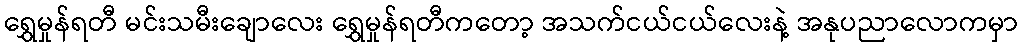
ရွှေမှုန်ရတီ မင်းသမီးချောလေး ရွှေမှုန်ရတီကတော့ အသက်ငယ်ငယ်လေးနဲ့ အနုပညာလောကမှာ